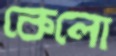
কেলো